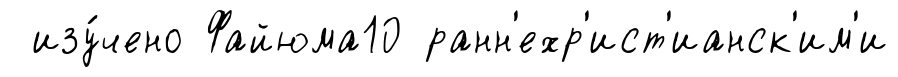
изу́чено Файюма10 ранн'ехр'ист'ианск'им'и